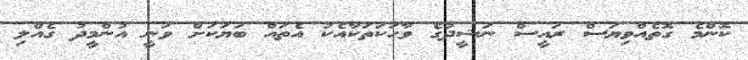
ކޮންމެ ގޮތެއްވިޔަސް ރައީސް ނަޝީދުގެ ވާހަކަތަކާއެކު އެތައް ބަޔަކަށް ވަނީ އުންމީދު ގެއްލި